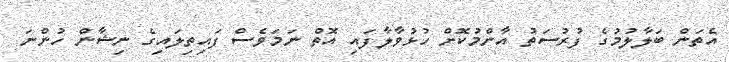
އެތަން ބަލާލުމުގެ ފުރުސަތު އާންމުކޮށް ހުޅުވާލާފައި އޮތް ނަމަވެސް ފައިތިލައިގެ ނިޝާން ހުންނަ